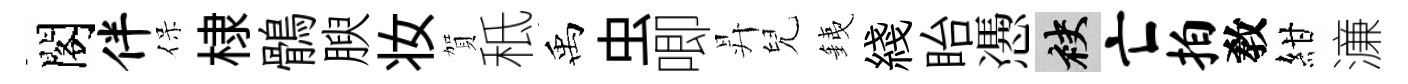
閣伴保棣鶻腴妆賀秪禹虫唧昇兒銕綫眙慿袂亡拍敎紺濓